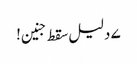
۷ دلیل سقط جنین!